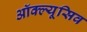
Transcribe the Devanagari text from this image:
ऑक्ल्यूसिव